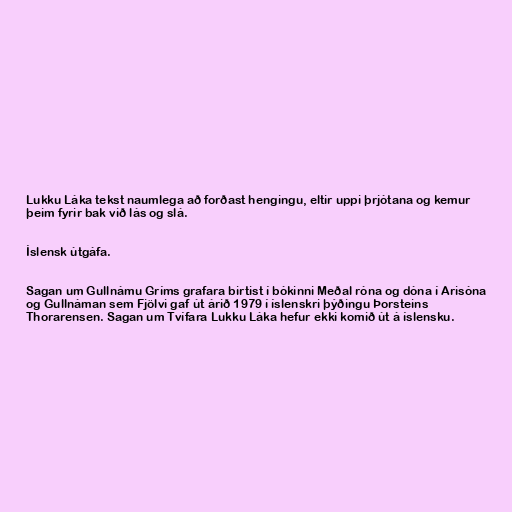
Lukku Láka tekst naumlega að forðast hengingu, eltir uppi þrjótana og kemur
þeim fyrir bak við lás og slá.

Íslensk útgáfa.

Sagan um Gullnámu Gríms grafara birtist í bókinni Meðal róna og dóna í Arisóna
og Gullnáman sem Fjölvi gaf út árið 1979 í íslenskri þýðingu Þorsteins
Thorarensen. Sagan um Tvífara Lukku Láka hefur ekki komið út á íslensku.